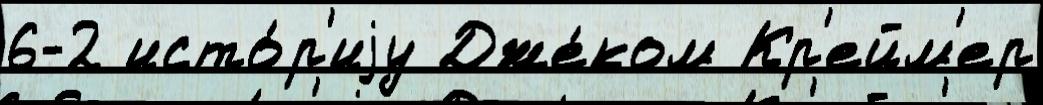
6-2 исто́р'иjу Дже́ком Кр'ейм'ер